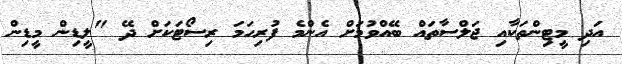
އަދި މީޓިންތަކާއި ޖަލްސާތައް ބޭއްވުމަށް އެންމެ ފުރިހަމަ ރިސޯޓަކަށް ދޭ "ލީޑިން މީޑިން